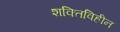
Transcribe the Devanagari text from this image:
शक्तिविहीन